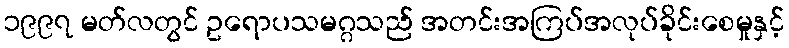
၁၉၉၇ မတ်လတွင် ဥရောပသမဂ္ဂသည် အတင်းအကြပ်အလုပ်ခိုင်းစေမှုနှင့်